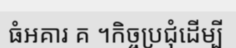
ធំអគារ គ ។កិច្ចប្រជុំដើម្បី